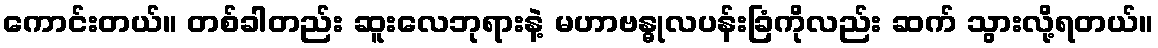
ကောင်းတယ်။ တစ်ခါတည်း ဆူးလေဘုရားနဲ့ မဟာဗန္ဓုလပန်းခြံကိုလည်း ဆက် သွားလို့ရတယ်။